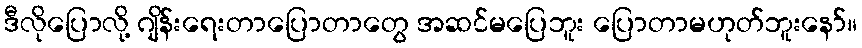
ဒီလိုပြောလို့ ဂျိန်းရေးတာပြောတာတွေ အဆင်မပြေဘူး ပြောတာမဟုတ်ဘူးနော်။